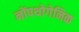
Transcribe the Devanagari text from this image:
नोंपथोगेनिक